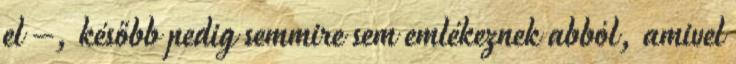
el –, később pedig semmire sem emlékeznek abból, amivel